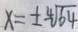
x = \pm \sqrt [ 4 ] { 6 4 }